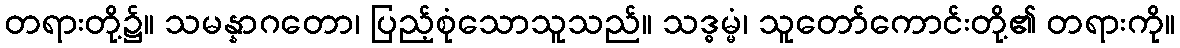
တရားတို့၌။ သမန္နာဂတော၊ ပြည့်စုံသောသူသည်။ သဒ္ဓမ္မံ၊ သူတော်ကောင်းတို့၏ တရားကို။